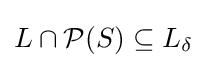
L\cap {\mathcal {P}}(S)\subseteq L_{\delta }